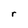
Character: r